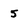
Character: 5